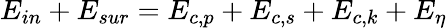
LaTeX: {{E}_{in}}+{{E}_{sur}}={{E}_{c,p}}+{{E}_{c,s}}+{{E}_{c,k}}+{{E}_{\eta}}